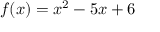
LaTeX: f ( x ) = x ^ { 2 } - 5 x + 6